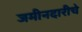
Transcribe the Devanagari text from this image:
जमीनदारीचे